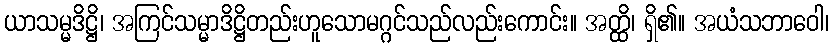
ယာသမ္မဒိဋ္ဌိ၊ အကြင်သမ္မာဒိဋ္ဌိတည်းဟူသောမဂ္ဂင်သည်လည်းကောင်း။ အတ္ထိ၊ ရှိ၏။ အယံသဘာဝေါ၊